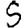
Digit: 5